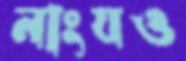
নাংযও